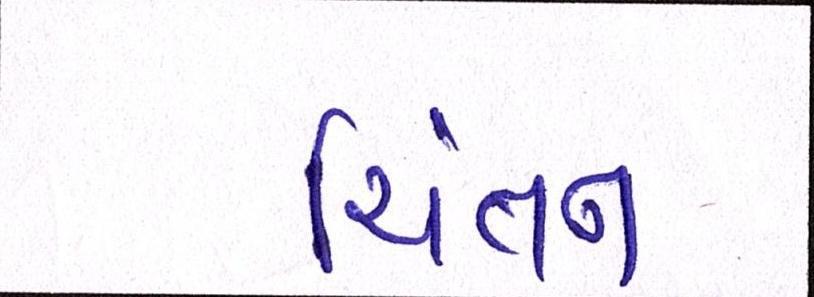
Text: ચિંતન